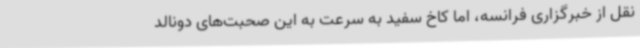
نقل از خبرگزاری فرانسه، اما کاخ سفید به سرعت به این صحبت‌های دونالد